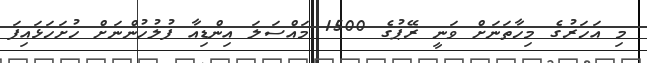
މި އަހަރުގެ މިހާތަނަށް ވަނީ ރޭޕުގެ 1500 މައްސަލަ އިންޑިއާ ފުލުހުންނަށް ހުށަަހަޅައިފަ